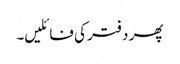
پھر دفتر کی فائلیں۔